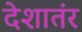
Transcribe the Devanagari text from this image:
देशातंर